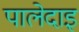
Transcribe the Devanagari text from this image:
पालेदाइ